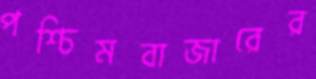
পশ্চিমবাজারের